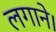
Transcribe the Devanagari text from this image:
लगाने।